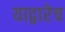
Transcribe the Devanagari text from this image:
याद्वारेच